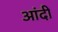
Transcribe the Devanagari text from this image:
आंदी